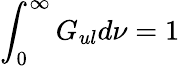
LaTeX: \int_{0}^{\infty}G_{ul}d\nu=1